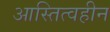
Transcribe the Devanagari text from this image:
आस्तित्वहीन